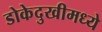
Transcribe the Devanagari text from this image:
डोकेदुखीमध्ये